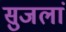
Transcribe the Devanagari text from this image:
सुजलां